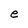
Character: e